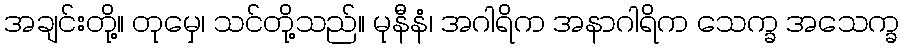
အချင်းတို့။ တုမှေ၊ သင်တို့သည်။ မုနီနံ၊ အဂါရိက အနာဂါရိက သေက္ခ အသေက္ခ